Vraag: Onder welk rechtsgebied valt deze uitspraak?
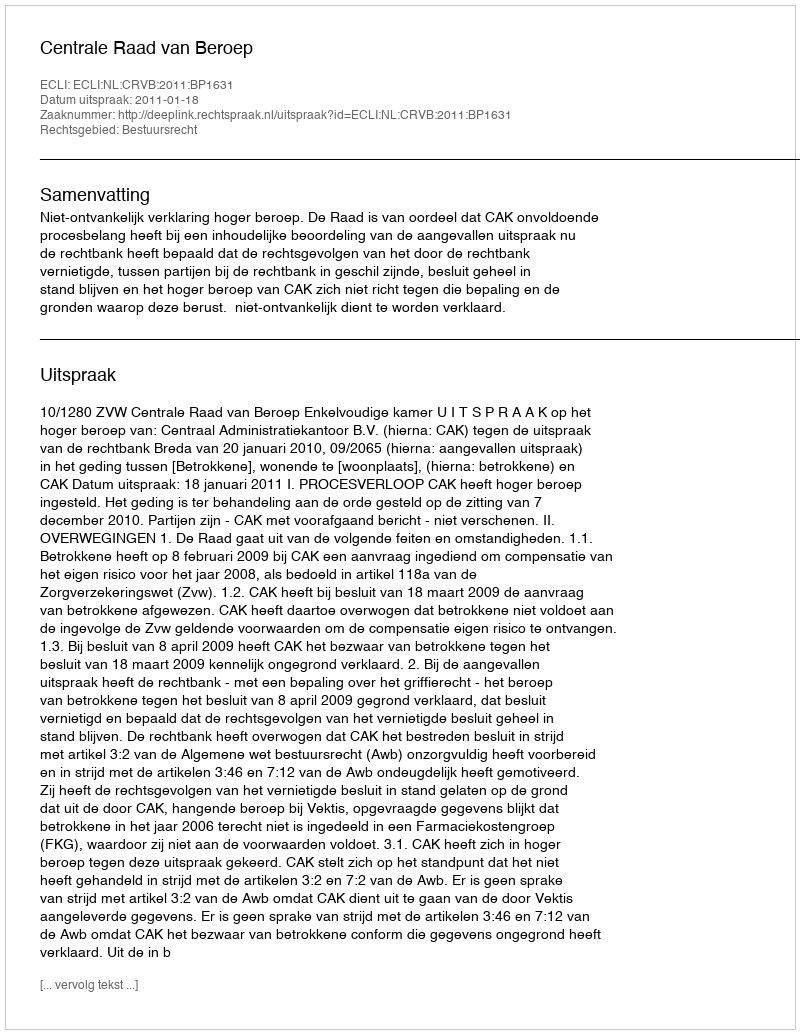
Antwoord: Bestuursrecht